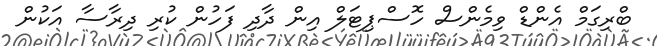
ބްރިގަމް އެންޑް ވިމެންސް ހޮސްޕިޓަލް އިން ދާދި ފަހުން ކުރި ދިރާސާ އަކުން